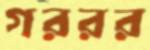
গররর